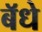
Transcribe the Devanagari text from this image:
बॅधे